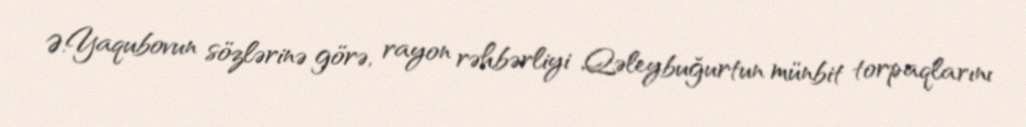
Ə.Yaqubovun sözlərinə görə, rayon rəhbərliyi Qəleybuğurtun münbit torpaqlarını